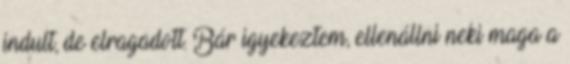
indult, de elragadott. Bár igyekeztem, ellenállni neki maga a